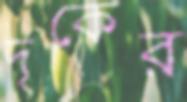
দৃকের